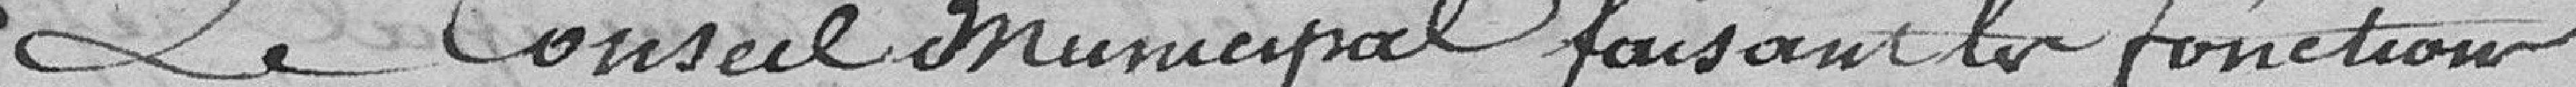
Le Conseil Municipal faisant fonction